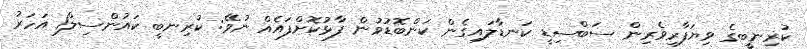
ކުރިނބީގެ ވިޔަފާރިވެރިން ސަބްސިޑީ ކަނޑާލައިގެން ކަންބޮޑުވުން ފާޅުކޮށްފައެއް ނުވޭ: ކުރިނބީ ކައުންސިލް1 އަހަރު